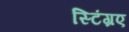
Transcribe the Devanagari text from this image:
स्टिंग्रए